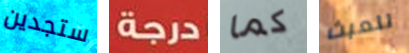
ستجدين درجة كما للعبث